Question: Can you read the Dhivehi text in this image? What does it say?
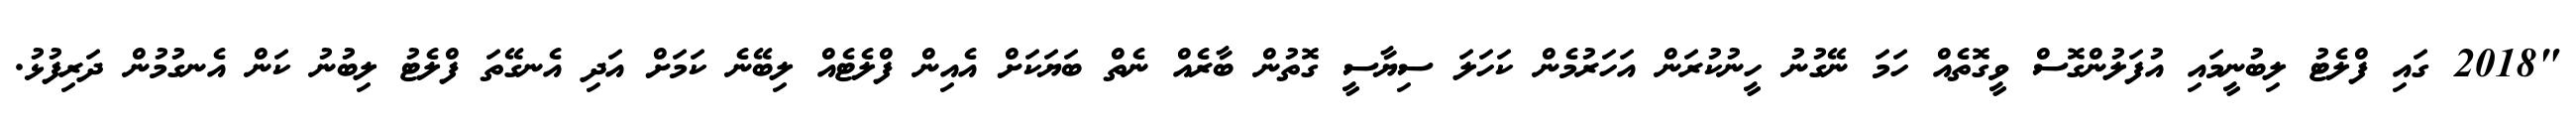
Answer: "2018 ގައި ފްލެޓު ލިބުނީމައި އުފަލުންގޮސް ވީގޮތެއް ހަމަ ނޭގުނު ހީނުކުރަން އަހަރުމެން ކަހަލަ ސިޔާސީ ގޮތުން ބާރެއް ނެތް ބަޔަކަށް އެއިން ފްލެޓެއް ލިބޭނެ ކަމަށް އަދި އެނގޭތަ ފްލެޓު ލިބުނު ކަން އެނގުމުން ދަރިފުޅު.